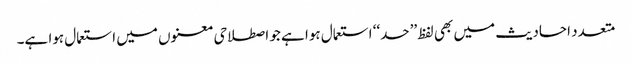
متعدد احادیث میں بھی لفظ ’’حد‘‘ استعمال ہوا ہے جو اصطلاحی معنوں میں استعمال ہوا ہے۔